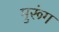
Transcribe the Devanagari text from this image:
मुरूंग